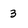
Character: 3